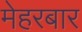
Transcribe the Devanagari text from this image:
मेहरबार